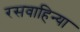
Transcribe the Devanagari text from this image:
रसवाहिन्या